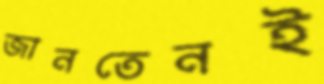
জানতেনই